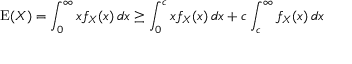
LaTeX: \operatorname { E } ( X ) = \int _ { 0 } ^ { \infty } x f _ { X } ( x ) \, d x \geq \int _ { 0 } ^ { c } x f _ { X } ( x ) \, d x + c \int _ { c } ^ { \infty } f _ { X } ( x ) \, d x